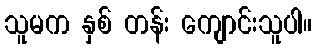
သူမက နှစ် တန်း ကျောင်းသူပါ။